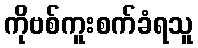
ကိုဗစ်ကူးစက်ခံရသူ